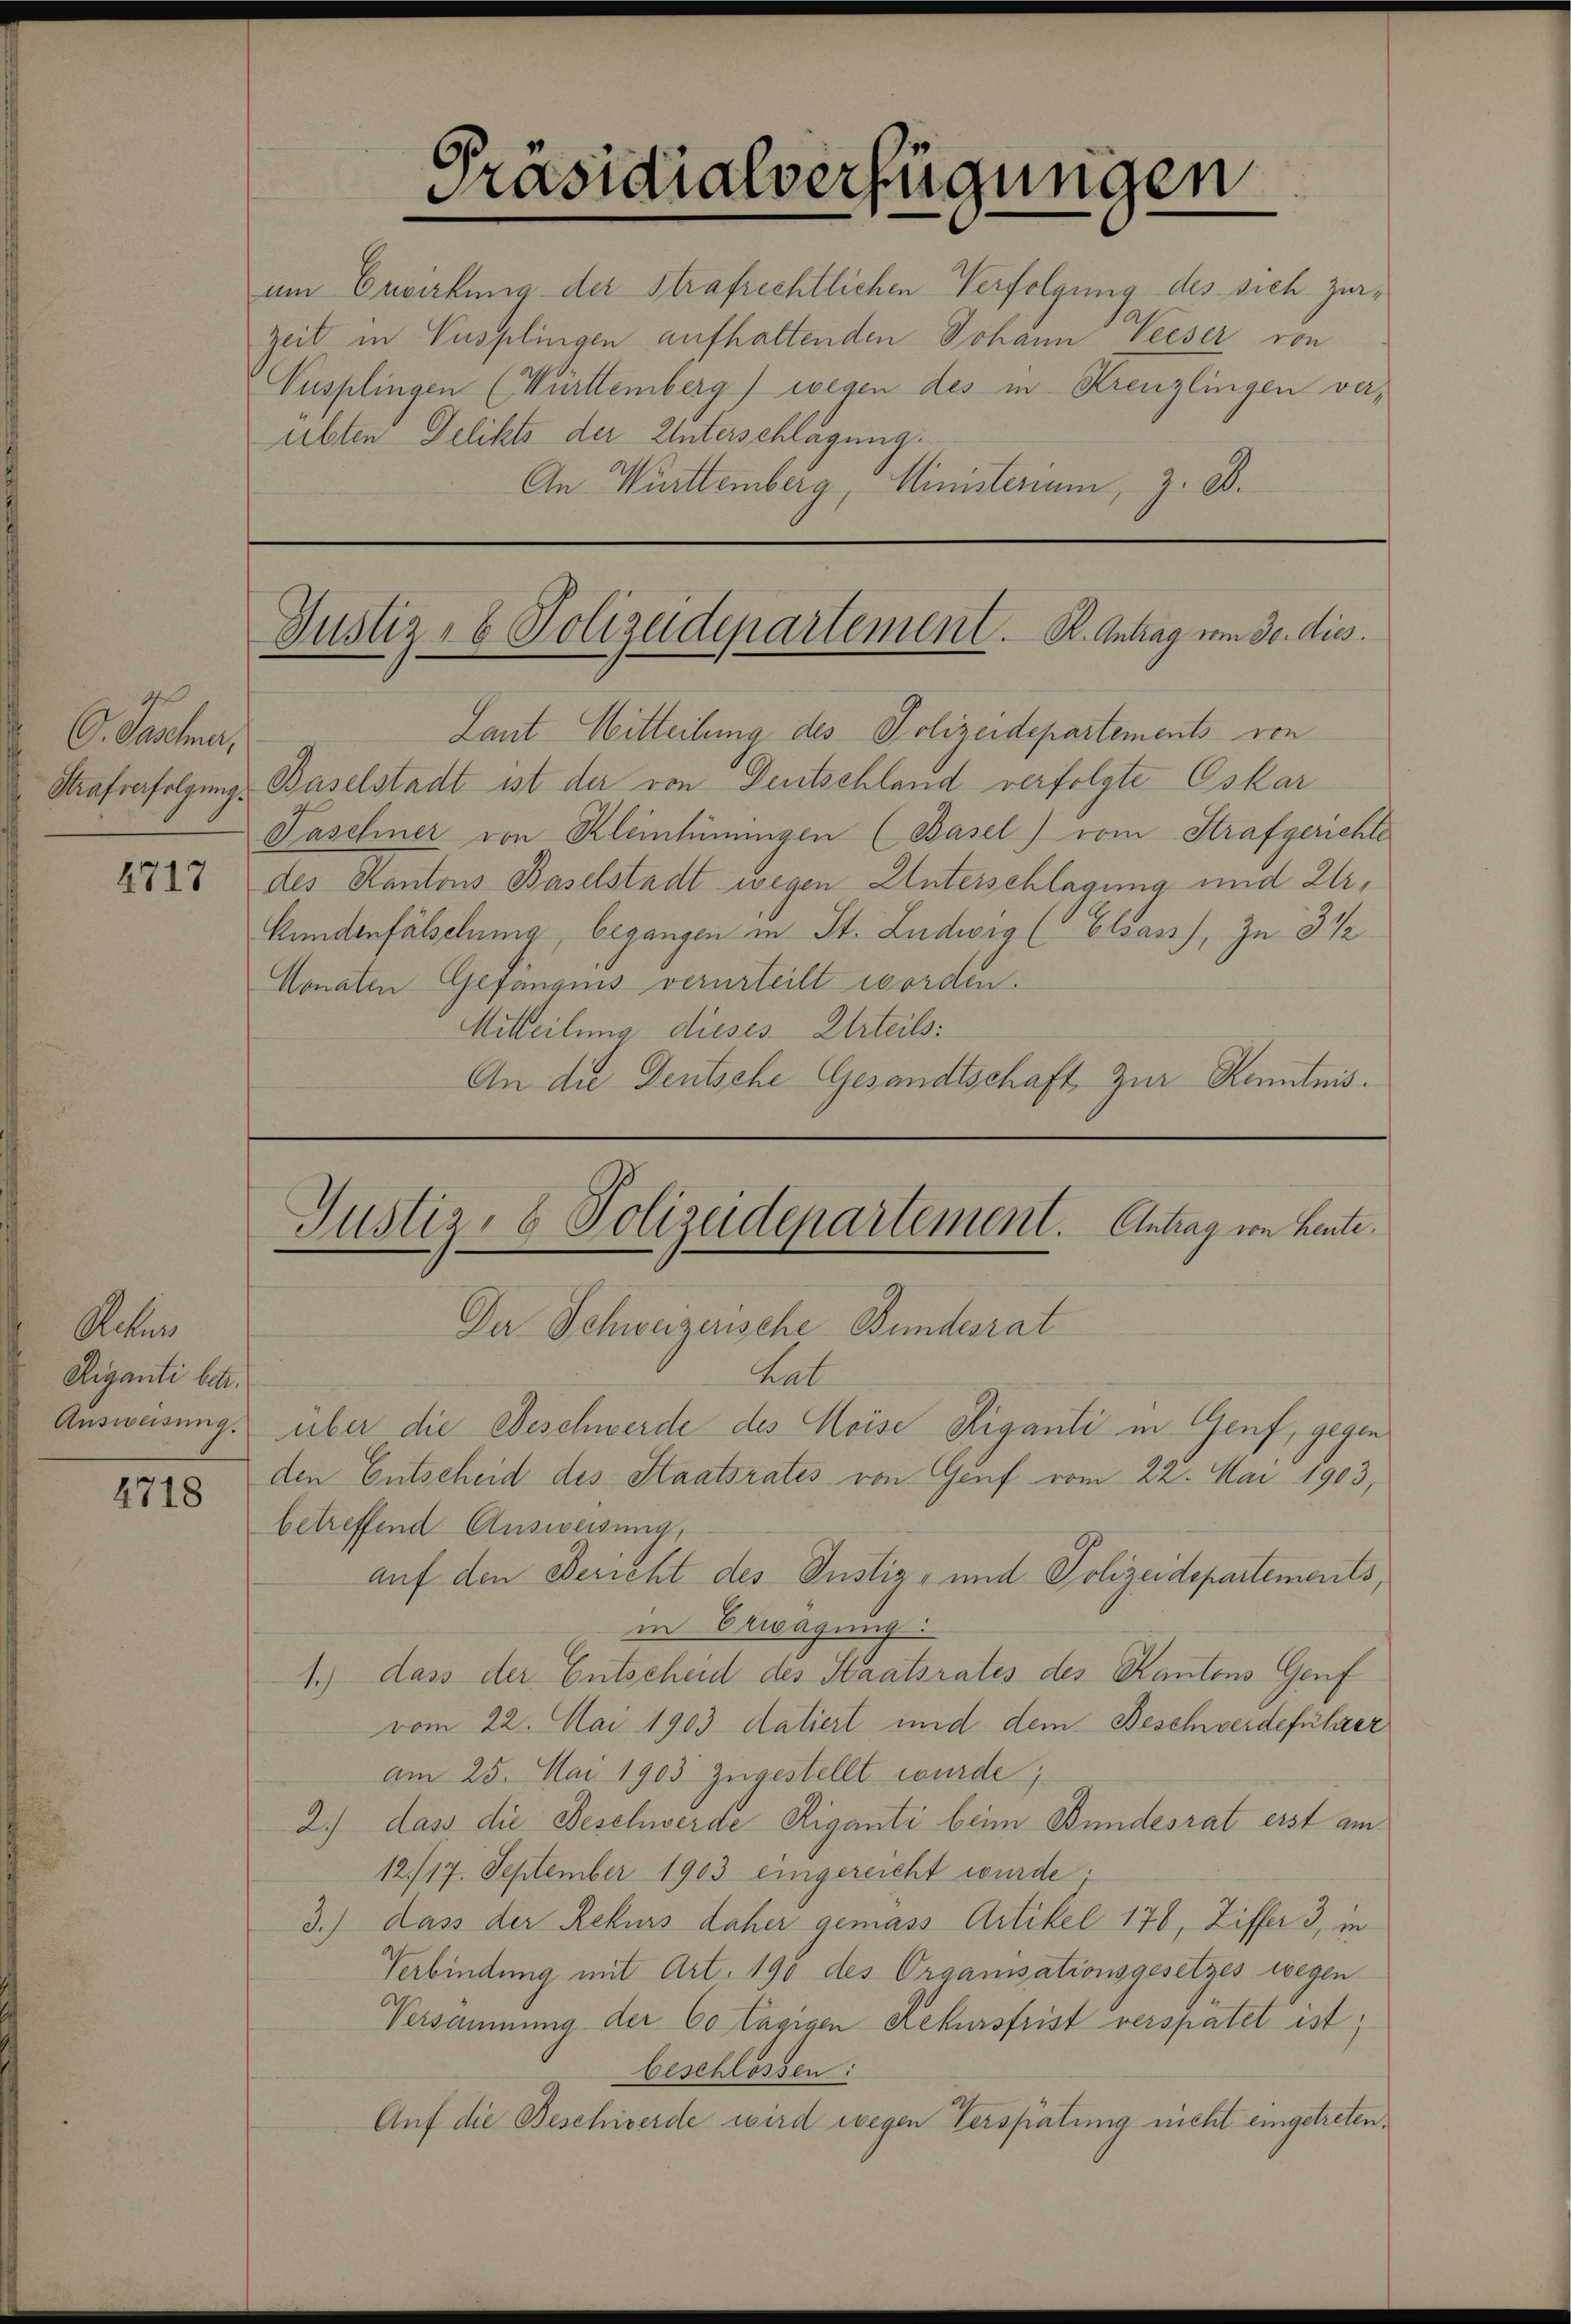
G. Santen
Strafverfolgung.

2717

Aleben
Riganti betr.
Ausweisung.

4718

um Erwirkung der strafrechtlichen Verfolgung des sich zer¬
Zeit in Pusplingen aufhaltenden Johann Weeser von
Vusplingen (Württemberg) wegen des in Kreuzlingen verübten Delikts der Unterschlagung.
An Württemberg, Ministerium, z. B.

Präsidialverfügungen

Justiz- & Polizeidepartement. K. Antrag vom 30. dies

Justiz- & Polizeidepartement. Antrag von heute.

Laut Mitteilung des Polizeidepartements von
Baselstadt ist der von Deutschland verfolgte Oskar
Taschner von Kleinheinungen (Basel) vom Strafgerichte
des Kantons Baselstadt wegen Unterschlagung und Ur¬
Kundenfälschung, begangen in St. Ludwig (Elsass, zu 3 1/2
Monaten Gefängnis verurteilt worden.
Mitteilung dieses Urteils:
An die Deutsche Gesandtschaft zur Kenntnis.

Der Schweizerische Bundesrat
hat
über die Beschwerde des Moise Riganti in Genf, gegen
den Entscheid des Staatsrates von Genf vom 22. Mai 1903,
betreffend Ausweisung,
auf den Bericht des Justiz- und Polizeidepartements,
in Erwägung:
1.) dass der Entscheid des Staatsrates des Kantons Genf
vom 22. Mai 1903 datiert und dem Beschwerdeführer
am 25. Mai 1903 zugestellt wurde;
2.) dass die Beschwerde Riganti beim Bundesrat erst am
12./17. September 1903 eingereicht wurde.
3.) Dass der Rekurs daher gemäss Artikel 178, Ziffer 3, in
Verbindung mit Art. 190 des Organisationsgesetzes wegen
Versammung der Ce tägigen Rekursfrist verspätet ist;
beschlossen:
Auf die Beschwerde wird wegen Verspätung nicht eingetreten.